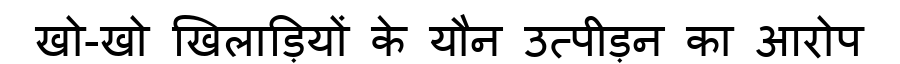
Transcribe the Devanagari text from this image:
खो-खो खिलाड़ियों के यौन उत्पीड़न का आरोप